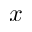
x